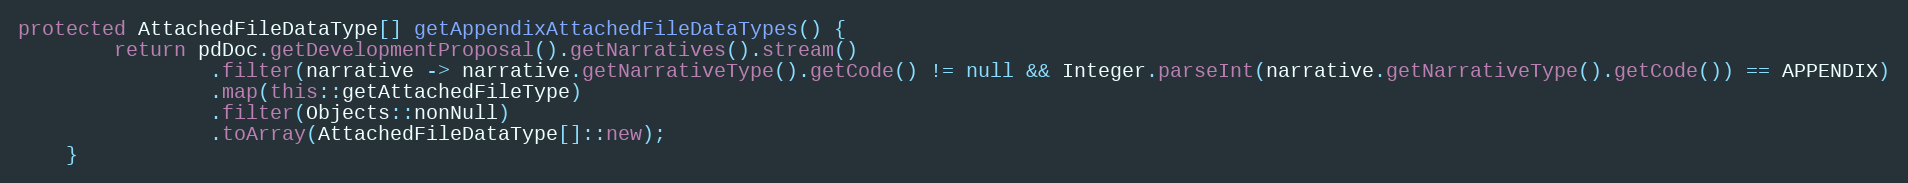
Language: Java
protected AttachedFileDataType[] getAppendixAttachedFileDataTypes() {
        return pdDoc.getDevelopmentProposal().getNarratives().stream()
                .filter(narrative -> narrative.getNarrativeType().getCode() != null && Integer.parseInt(narrative.getNarrativeType().getCode()) == APPENDIX)
                .map(this::getAttachedFileType)
                .filter(Objects::nonNull)
                .toArray(AttachedFileDataType[]::new);
    }